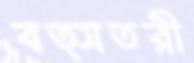
বত্সতরী